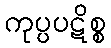
ကုပ္ပပဋိစ္စ